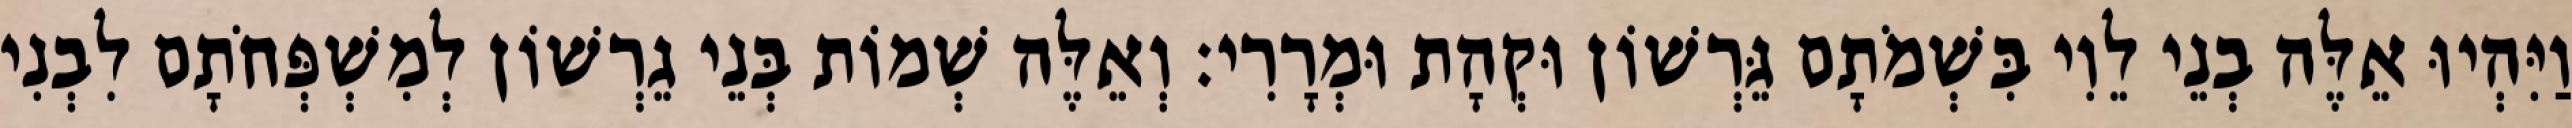
וַיִּהְיוּ אֵלֶּה בְנֵי לֵוִי בִּשְׁמֹתָם גֵּרְשׁוֹן וּקְהָת וּמְרָרִי׃ וְאֵלֶּה שְׁמוֹת בְּנֵי גֵרְשׁוֹן לְמִשְׁפְּחֹתָם לִבְנִי